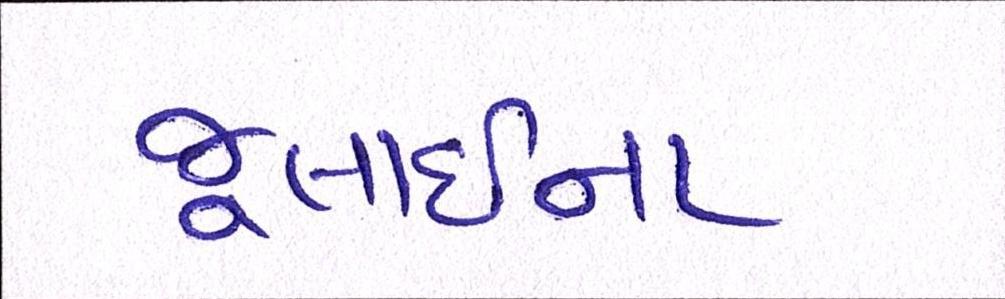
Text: જૂલાઈના